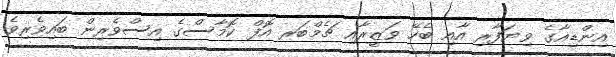
އިންޑިއާގެ ވިޔަފާރި އާއި ބެހޭ ވަޒީރާއި ޗެމްބަރ އޮފް ކޮމާސްގެ އިސްވެރިން ބައިވެރިވެ